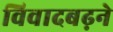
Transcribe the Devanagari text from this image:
विवादबढ़ने